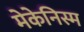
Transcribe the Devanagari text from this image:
मेकेनिस्म